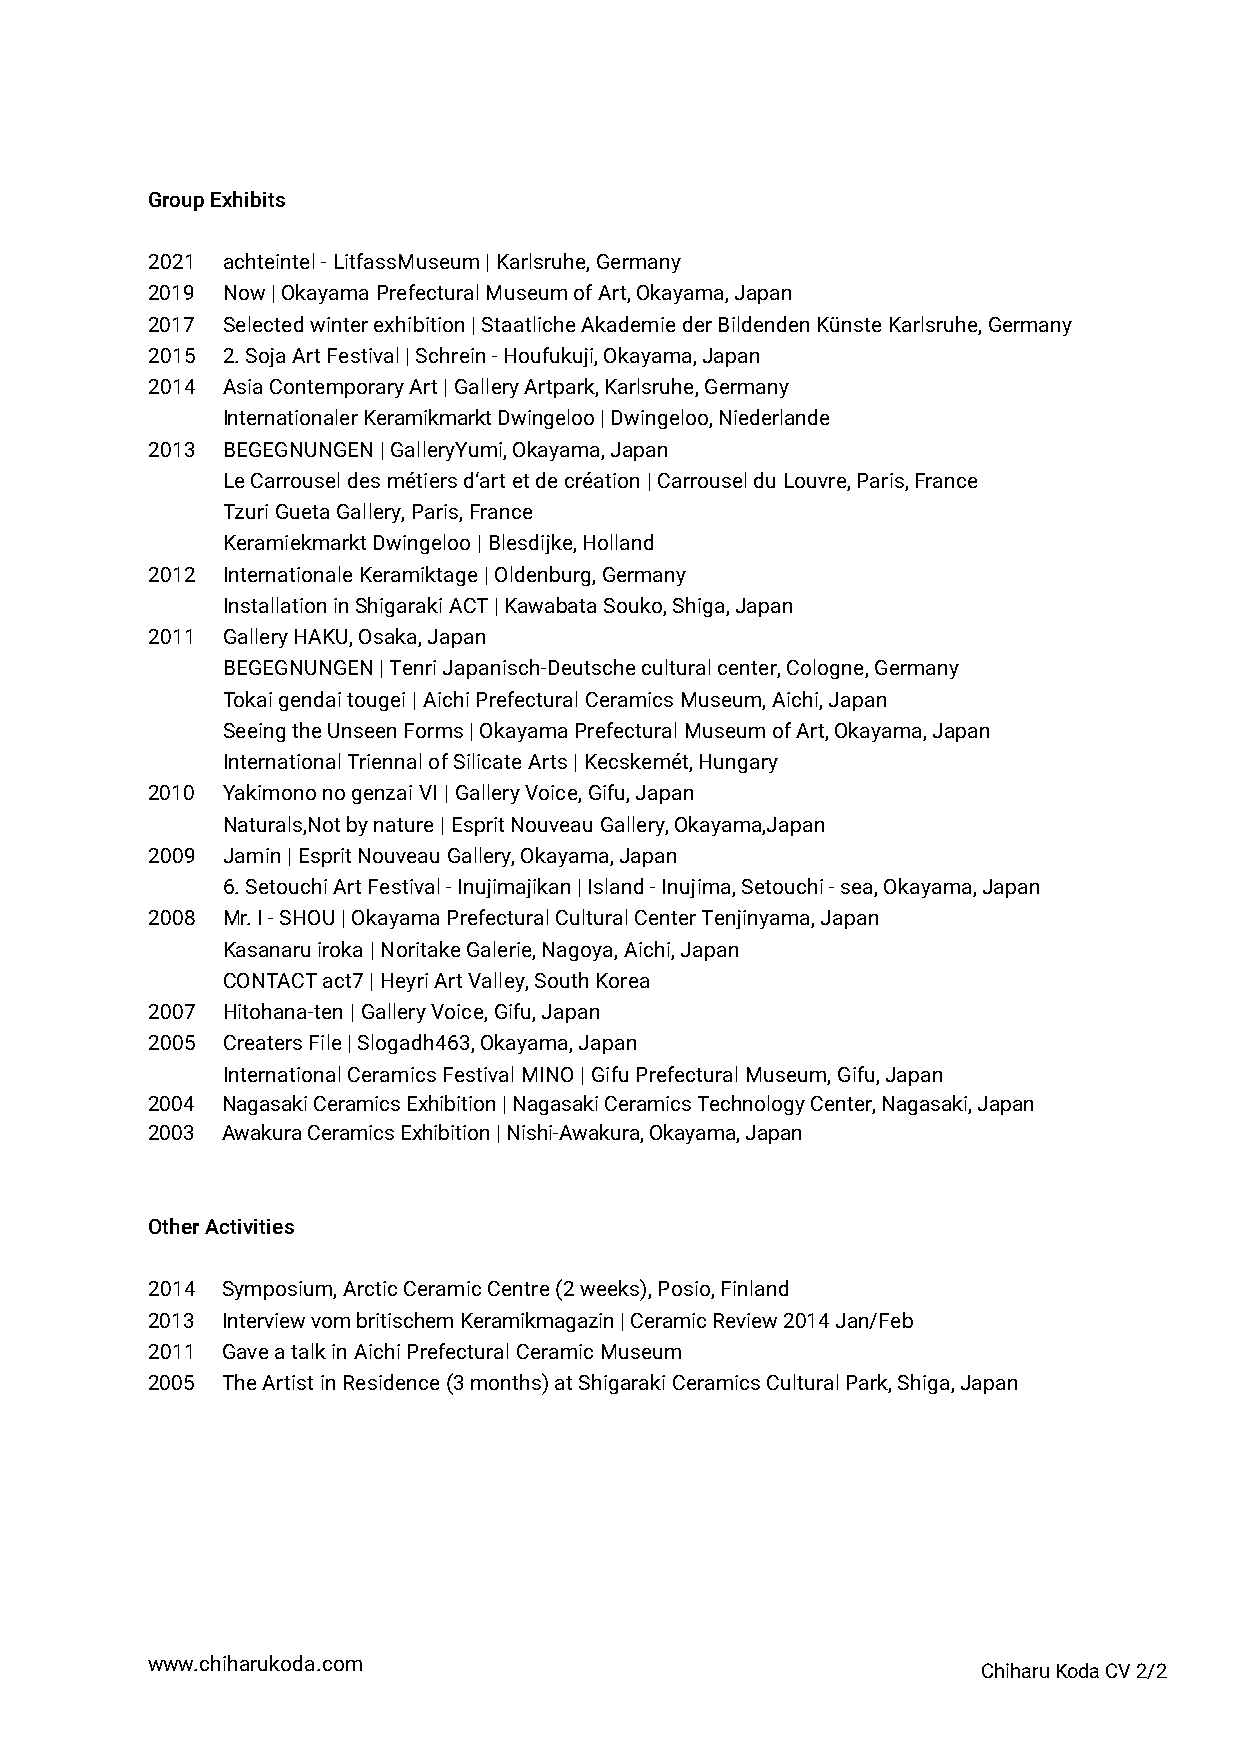
Group Exhibits
 2021 achteintel - LitfassMuseum | Karlsruhe, Germany
 2019 Now | Okayama Prefectural Museum of Art, Okayama, Japan
 2017 Selected winter exhibition | Staatliche Akademie der Bildenden Künste Karlsruhe, Germany
 2015 2. Soja Art Festival | Schrein - Houfukuji, Okayama, Japan
 2014 Asia Contemporary Art | Gallery Artpark, Karlsruhe, Germany
 Internationaler Keramikmarkt Dwingeloo | Dwingeloo, Niederlande
 2013 BEGEGNUNGEN | GalleryYumi, Okayama, Japan
 Le Carrousel des métiers d‘art et de création | Carrousel du Louvre, Paris, France
 Tzuri Gueta Gallery, Paris, France
 Keramiekmarkt Dwingeloo | Blesdijke, Holland
 2012 Internationale Keramiktage | Oldenburg, Germany
 Installation in Shigaraki ACT | Kawabata Souko, Shiga, Japan
 2011 Gallery HAKU, Osaka, Japan
 BEGEGNUNGEN | Tenri Japanisch-Deutsche cultural center, Cologne, Germany
 Tokai gendai tougei | Aichi Prefectural Ceramics Museum, Aichi, Japan
 Seeing the Unseen Forms | Okayama Prefectural Museum of Art, Okayama, Japan
 International Triennal of Silicate Arts | Kecskemét, Hungary
 2010 Yakimono no genzai VI | Gallery Voice, Gifu, Japan
 Naturals,Not by nature | Esprit Nouveau Gallery, Okayama,Japan
 2009 Jamin | Esprit Nouveau Gallery, Okayama, Japan
 6. Setouchi Art Festival - Inujimajikan | Island - Inujima, Setouchi - sea, Okayama, Japan
 2008 Mr. I - SHOU | Okayama Prefectural Cultural Center Tenjinyama, Japan
 Kasanaru iroka | Noritake Galerie, Nagoya, Aichi, Japan
 CONTACT act7 | Heyri Art Valley, South Korea
 2007 Hitohana-ten | Gallery Voice, Gifu, Japan
 2005 Creaters File | Slogadh463, Okayama, Japan
 International Ceramics Festival MINO | Gifu Prefectural Museum, Gifu, Japan
 2004 Nagasaki Ceramics Exhibition | Nagasaki Ceramics Technology Center, Nagasaki, Japan
 2003 Awakura Ceramics Exhibition | Nishi-Awakura, Okayama, Japan
 Other Activities
 2014 Symposium, Arctic Ceramic Centre (2 weeks), Posio, Finland
 2013 Interview vom britischem Keramikmagazin | Ceramic Review 2014 Jan/Feb
 2011 Gave a talk in Aichi Prefectural Ceramic Museum
 2005 The Artist in Residence (3 months) at Shigaraki Ceramics Cultural Park, Shiga, Japan
 www.chiharukoda.com
 Chiharu Koda CV 2/2